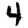
Digit: 4